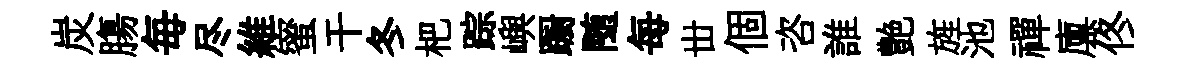
炭膓毎尽維蜜干冬杷踪嶼蹰随每丗個咨誰艶旌池禪廪佟